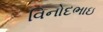
વિનોદભાઇ